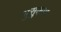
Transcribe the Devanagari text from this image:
भुसुकपा